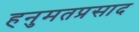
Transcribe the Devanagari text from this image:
हनुमतप्रसाद